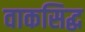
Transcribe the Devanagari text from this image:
वाकसिद्ध